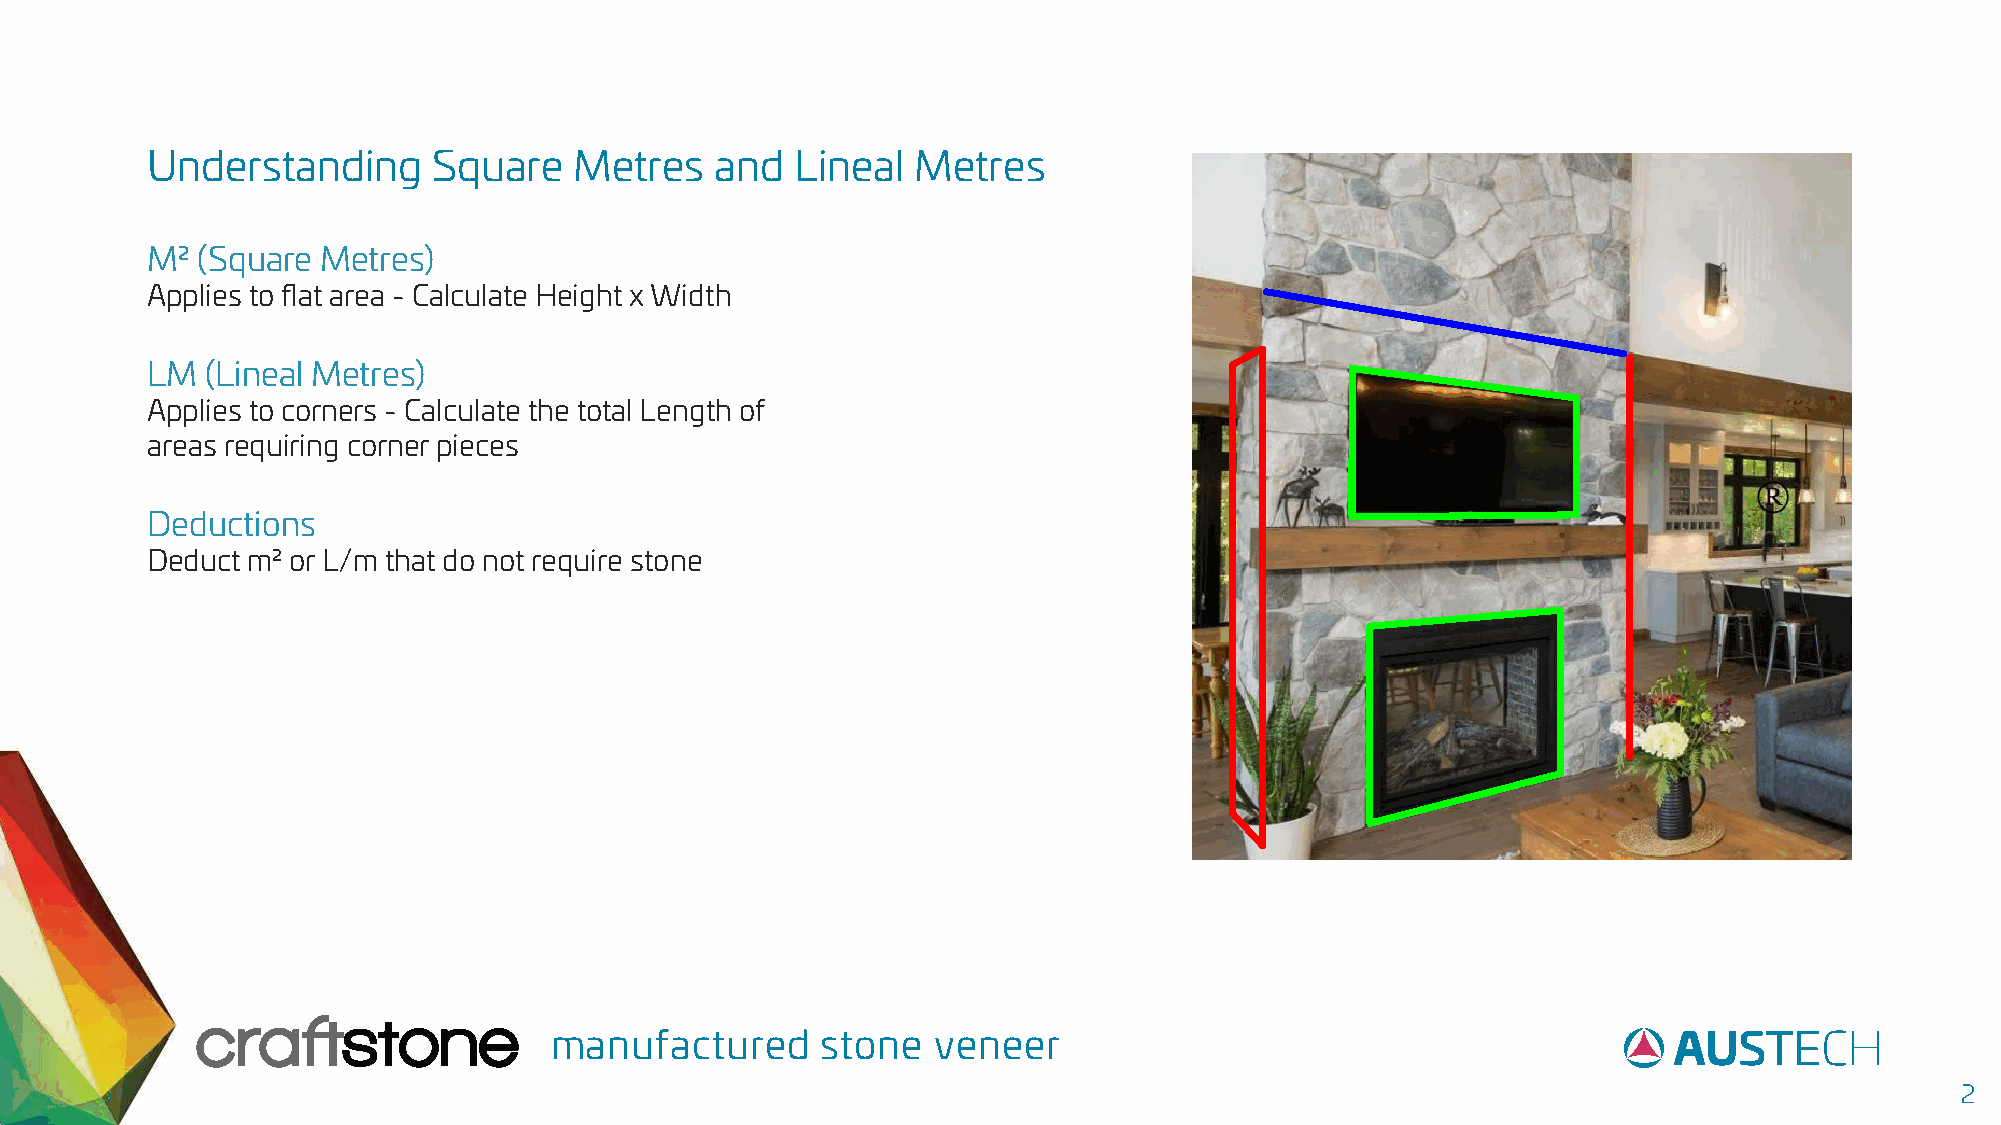
Understanding      Square   Metres   and   Lineal  Metres
 M2 (Square Metres)
 Applies to flat area - Calculate Height x Width
 LM  (Lineal Metres)
 Applies to corners - Calculate the total Length of
 areas requiring corner pieces
 Deductions
 Deduct m2 or L/m that do not require stone
 manufactured      stone   veneer
 2